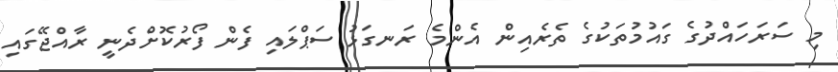
މި ސަަރަހައްދުގެ ގައުމުތަކުގެ ތެރެއިން އެންމެ ރަނގަޅު ސަޕްލައި ފެން ފޯރުކޮށްދެނީ ރާއްޖޭގައި